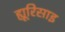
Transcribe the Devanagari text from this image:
ह्यूरिसाइ